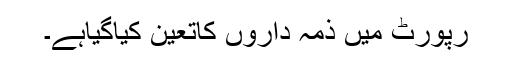
رپورٹ میں ذمہ داروں کاتعین کیاگیاہے۔